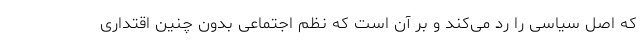
که اصل سیاسی را رد می‌کند و بر آن است که نظم اجتماعی بدون چنین اقتداری